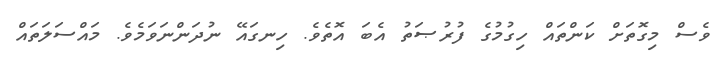
ވެސް މިގޮތަށް ކަންތައް ހިގުމުގެ ފުރުޞަތު އެބަ އޮތެވެ. ހިނގައޭ ނުދަންނަވަމެވެ. މައްސަލަތައް